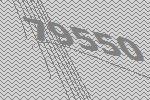
79550